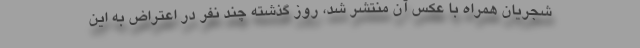
شجریان همراه با عکس آن منتشر شد، روز گذشته چند نفر در اعتراض به این